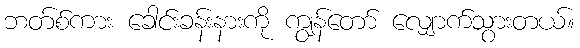
ဘတ်စ်ကား ခေါင်းခန်းနားကို ကျွန်တော် လျှောက်သွားတယ်။